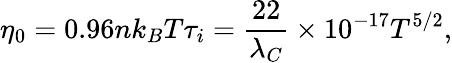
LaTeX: \eta_{0}=0.96nk_{B}T\tau_{i}=\frac{22}{\lambda_{C}}\times 10^{-17}T^{5/2},